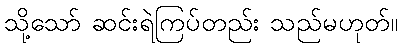
သို့သော် ဆင်းရဲကြပ်တည်း သည်မဟုတ်။